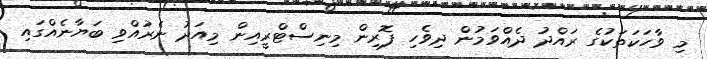
މި ވާހަކަތަކުގެ ރައްދު ދެއްވަމުން ދިވެހި ފޮރިން މިނިސްޓްރީއިން މިއަދު ނެރުއްވި ބަޔާނެއްގައި